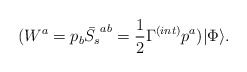
\begin{align*}(W^a = p_b \bar{S_s}^{ab} = \frac{1}{2}\Gamma^{(int)} p^a)|\Phi\rangle.\end{align*}